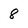
Character: 8